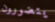
يتضورون